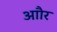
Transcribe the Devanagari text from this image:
आौर